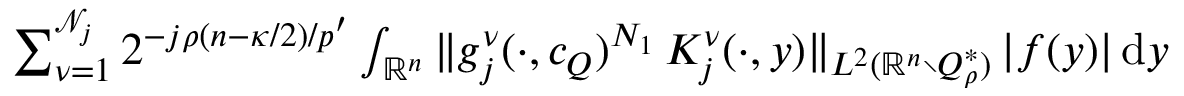
\begin{array} { r } { \sum _ { \nu = 1 } ^ { \mathscr N _ { j } } 2 ^ { - j \rho ( n - \kappa / 2 ) / p ^ { \prime } } \int _ { \mathbb { R } ^ { n } } \| g _ { j } ^ { \nu } ( \cdot , c _ { Q } ) ^ { N _ { 1 } } \, K _ { j } ^ { \nu } ( \cdot , y ) \| _ { L ^ { 2 } ( \mathbb { R } ^ { n } \setminus Q _ { \rho } ^ { * } ) } \, | f ( y ) | \, \mathrm { d } y } \end{array}